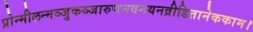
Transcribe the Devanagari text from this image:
प्रोन्मीलन्मञ्जुकञ्जारुणनवनयनव्रीडितानेककाम।